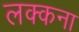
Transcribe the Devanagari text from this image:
लक्कना